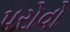
પરોવો